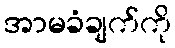
အာမခံချက်ကို